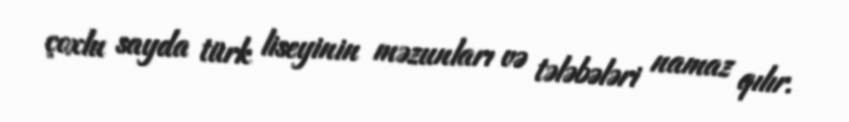
çoxlu sayda türk liseyinin məzunları və tələbələri namaz qılır.